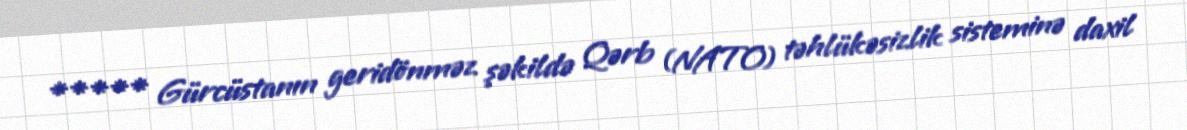
***** Gürcüstanın geridönməz şəkildə Qərb (NATO) təhlükəsizlik sisteminə daxil